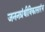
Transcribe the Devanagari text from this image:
जननग्रंथीविकासारंभ